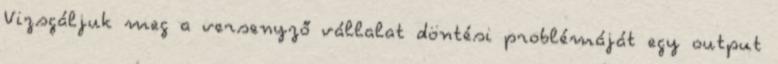
Vizsgáljuk meg a versenyző vállalat döntési problémáját egy output